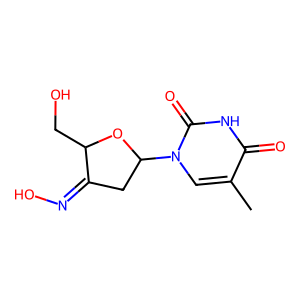
SMILES: Cc1cn(C2CC(=NO)C(CO)O2)c(=O)[nH]c1=O
Inhibits HIV replication: Yes